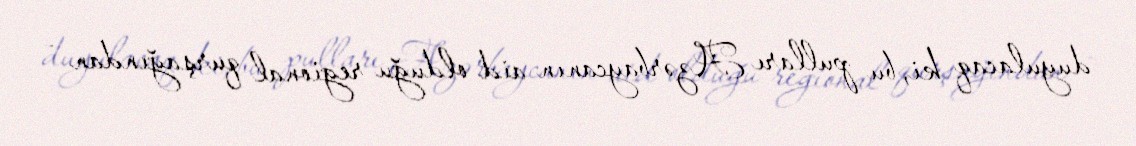
duyulacaq ki, bu pulları Azərbaycanın aid olduğu regional qurşağından -